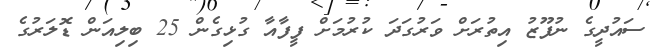
ސައުދީގެ ނުފޫޒު އިތުރަށް ވަރުގަދަ ކުރުމަށް ފީފާއާ ގުޅިގެން 25 ބިލިއަން ޑޮލަރުގެ